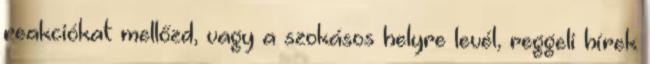
reakciókat mellőzd, vagy a szokásos helyre levél, reggeli hírek